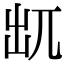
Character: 𠒄